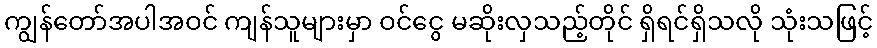
ကျွန်တော်အပါအဝင် ကျန်သူများမှာ ဝင်ငွေ မဆိုးလှသည့်တိုင် ရှိရင်ရှိသလို သုံးသဖြင့်